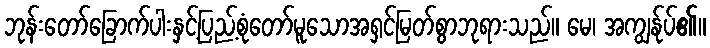
ဘုန်းတော်ခြောက်ပါးနှင့်ပြည့်စုံတော်မူသောအရှင်မြတ်စွာဘုရားသည်။ မေ၊ အကျွန်ုပ်၏။